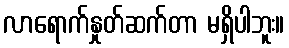
လာရောက်နှုတ်ဆက်တာ မရှိပါဘူး။